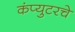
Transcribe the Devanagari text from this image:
कंप्युटरचे